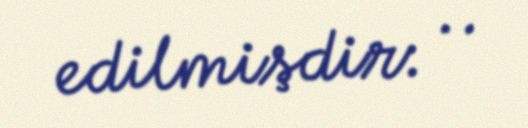
edilmişdir: ..